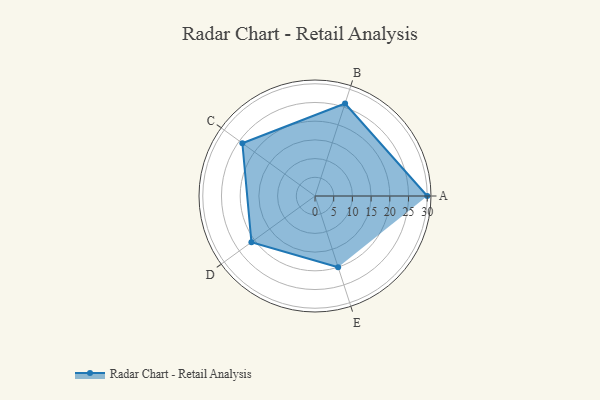
{"axis": {"x": "Skill", "y": "Score"}, "legend": ["Profile"], "data": [{"x": "A", "y": 30.0, "type": "Profile"}, {"x": "B", "y": 26.0, "type": "Profile"}, {"x": "C", "y": 24.0, "type": "Profile"}, {"x": "D", "y": 21.0, "type": "Profile"}, {"x": "E", "y": 20, "type": "Profile"}]}